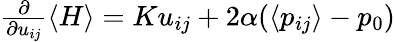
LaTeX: \begin{array}{r}{\frac{\partial}{\partial u_{ij}}\langle H\rangle=Ku_{ij}+2\alpha(\langle p_{ij}\rangle-p_{0})}\end{array}